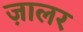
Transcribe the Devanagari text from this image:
ज़ालर